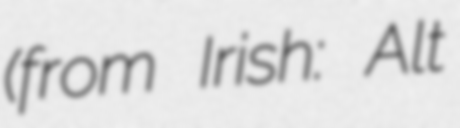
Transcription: (from Irish: Alt